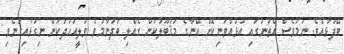
ބޭފުޅާއެވެ. ނަމަވެސް އެތަނުގައި އުޅުއްވަނިކޮށް އޭނާގެ މަޤުބޫލުކަން ގެއްލި ބަދުނާމުވެ ވަލީއަހުދުކަން ނިގުޅައިގަނެވި